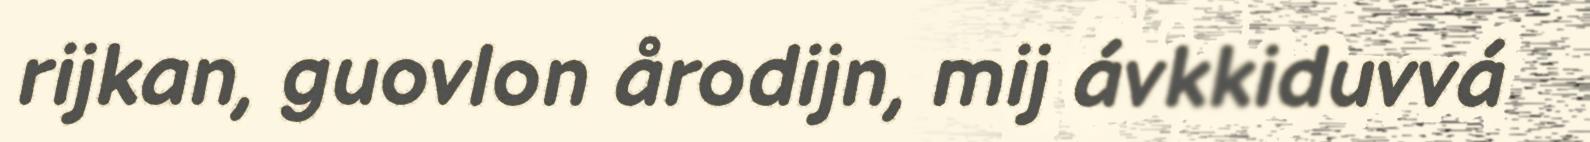
rijkan, guovlon årodijn, mij ávkkiduvvá